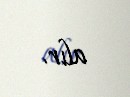
alır.